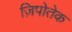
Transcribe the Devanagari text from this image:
ज़िपोतेक